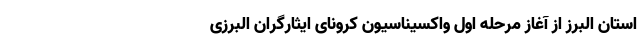
استان البرز از آغاز مرحله اول واکسیناسیون کرونای ایثارگران البرزی